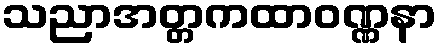
သညာအတ္တကထာဝဏ္ဏနာ